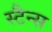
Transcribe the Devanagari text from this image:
स्टैन्स